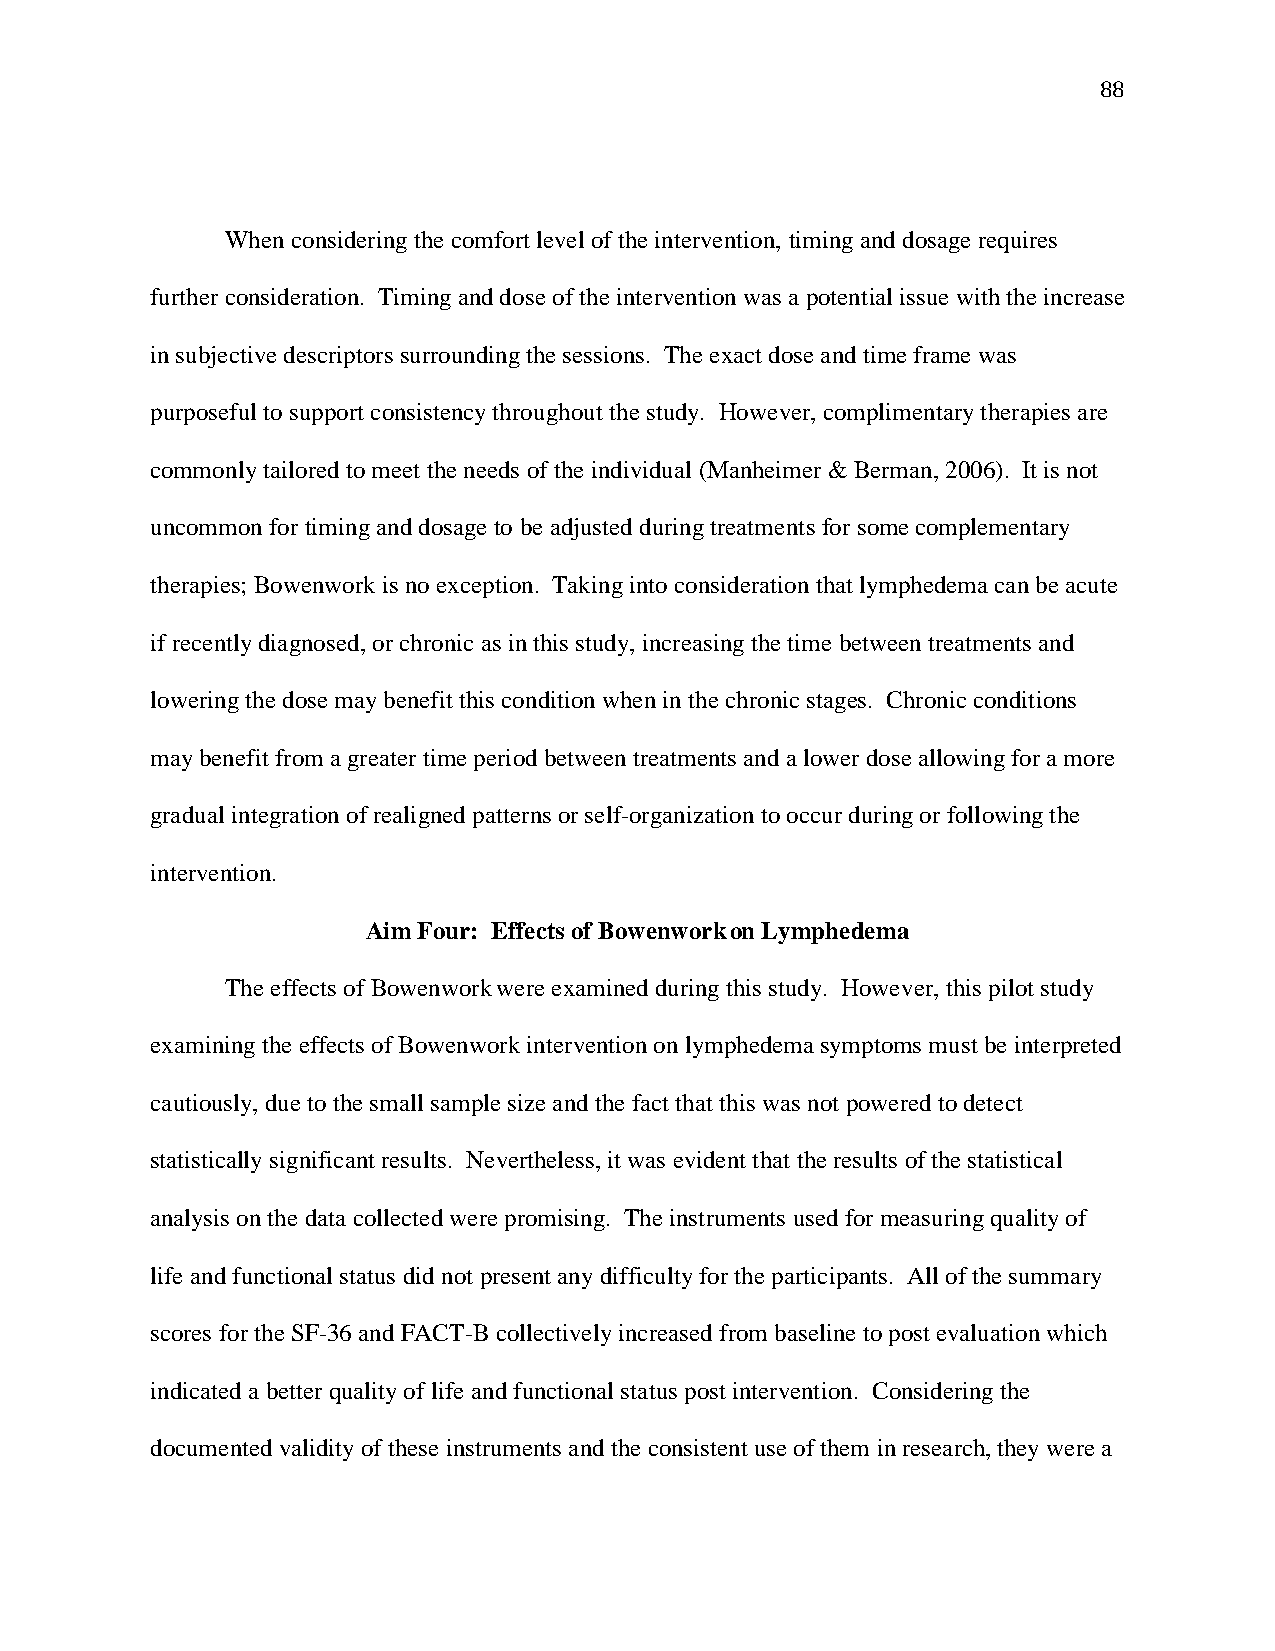
88
 When considering the comfort level of the intervention, timing and dosage requires
 further consideration. Timing and dose of the intervention was a potential issue with the increase
 in subjective descriptors surrounding the sessions. The exact dose and time frame was
 purposeful to support consistency throughout the study. However, complimentary therapies are
 commonly tailored to meet the needs of the individual (Manheimer & Berman, 2006). It is not
 uncommon for timing and dosage to be adjusted during treatments for some complementary
 therapies; Bowenwork is no exception. Taking into consideration that lymphedema can be acute
 if recently diagnosed, or chronic as in this study, increasing the time between treatments and
 lowering the dose may benefit this condition when in the chronic stages. Chronic conditions
 may benefit from a greater time period between treatments and a lower dose allowing for a more
 gradual integration of realigned patterns or self-organization to occur during or following the
 intervention.
 Aim Four: Effects of Bowenwork on Lymphedema
 The effects of Bowenwork were examined during this study. However, this pilot study
 examining the effects of Bowenwork intervention on lymphedema symptoms must be interpreted
 cautiously, due to the small sample size and the fact that this was not powered to detect
 statistically significant results. Nevertheless, it was evident that the results of the statistical
 analysis on the data collected were promising. The instruments used for measuring quality of
 life and functional status did not present any difficulty for the participants. All of the summary
 scores for the SF-36 and FACT-B collectively increased from baseline to post evaluation which
 indicated a better quality of life and functional status post intervention. Considering the
 documented validity of these instruments and the consistent use of them in research, they were a